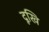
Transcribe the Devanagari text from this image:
दूखि